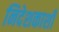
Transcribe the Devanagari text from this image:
निदेशकाशी